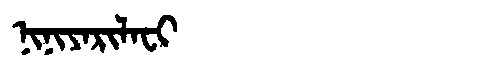
Manchu: ᠨᡳᠨᡳᠶᠠᡵᡳᠯᠠᠸᡳ
Romanization: NINIYARILAFI